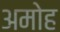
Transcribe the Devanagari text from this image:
अमोह